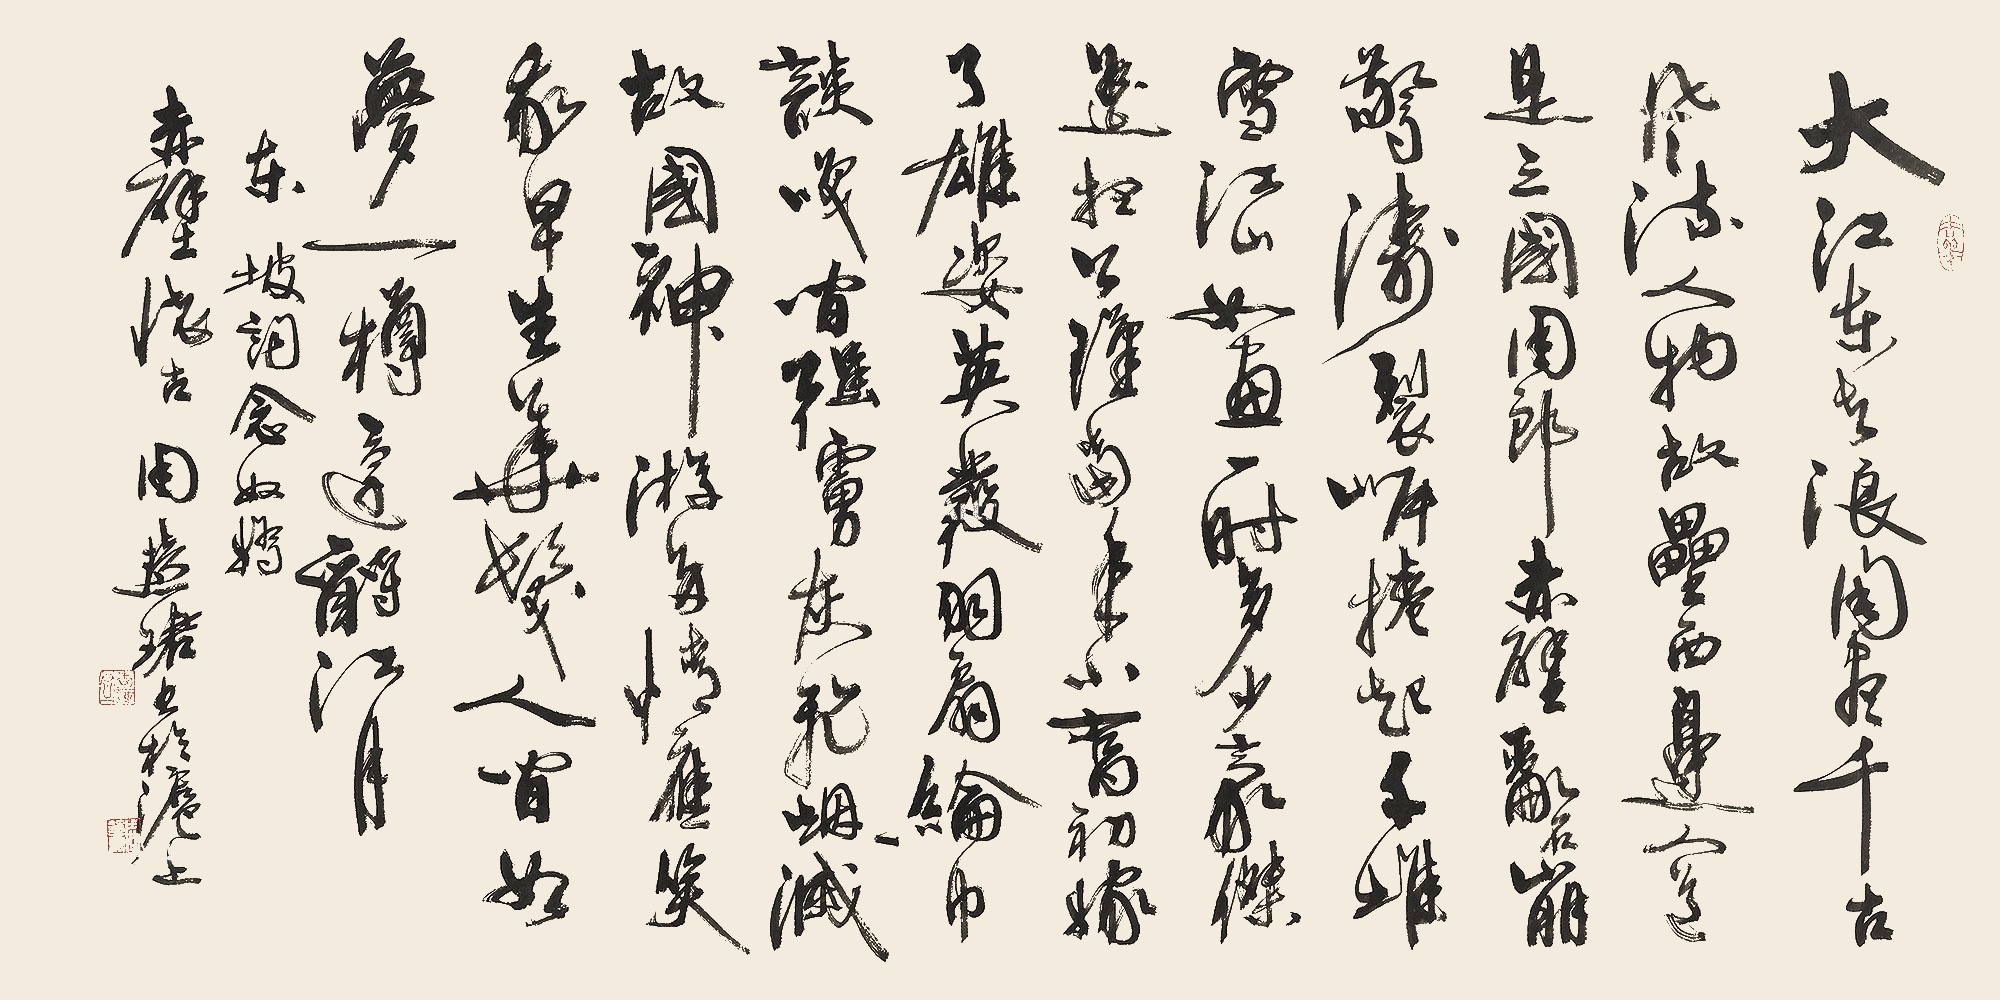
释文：大江东去，浪淘尽，千古风流人物。故垒西边，人道是，三国周郎赤壁。乱石穿空，惊涛拍岸，卷起千堆雪。江山如画，一时多少豪杰。遥想公瑾当年，小乔初嫁了，雄姿英发。羽扇纶巾，谈笑间，樯橹灰飞烟灭。故国神游，多情应笑我，早生华发。人生如梦，一尊还酹江月。东坡词《念奴娇·赤壁怀古》，周慧珺书于沪上。